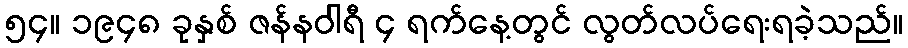
၅၄။ ၁၉၄၈ ခုနှစ် ဇန်နဝါရီ ၄ ရက်နေ့တွင် လွတ်လပ်ရေးရခဲ့သည်။